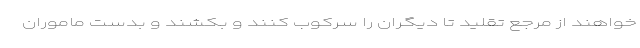
خواهند از مرجع تقلید تا دیگران را سرکوب کنند و بکشند و بدست ماموران